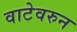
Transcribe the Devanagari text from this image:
वाटेवरुन